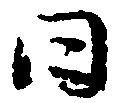
日